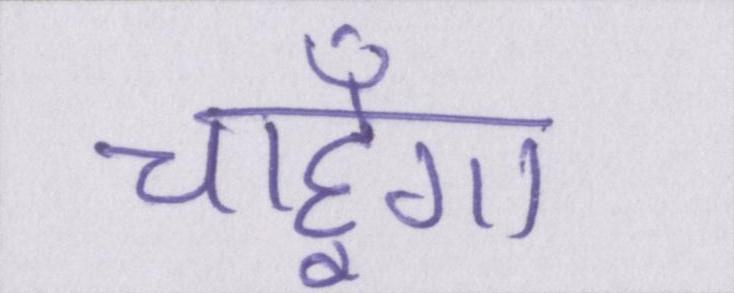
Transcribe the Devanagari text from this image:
चाहूँगा